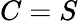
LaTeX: C=S